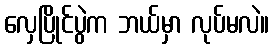
လှေပြိုင်ပွဲက ဘယ်မှာ လုပ်မလဲ။